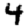
Digit: 4